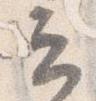
云